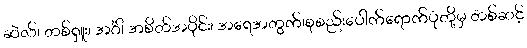
ဆဲလ်၊ တစ်ရှူး၊ အင်္ဂါ အစိတ်အပိုင်း၊ အရေအတွက်၊စုစည်းပေါက်ရောက်ပုံတို့မှ တစ်ဆင့်